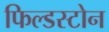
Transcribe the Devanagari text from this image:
फिल्डस्टोन